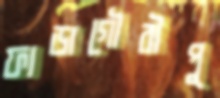
ফাডাগৌরীপু